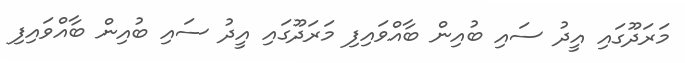
މަރަދޫގައި އީދު ސައި ބުއިން ބާއްވައިފި މަރަދޫގައި އީދު ސައި ބުއިން ބާއްވައިފި